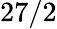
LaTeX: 27/2